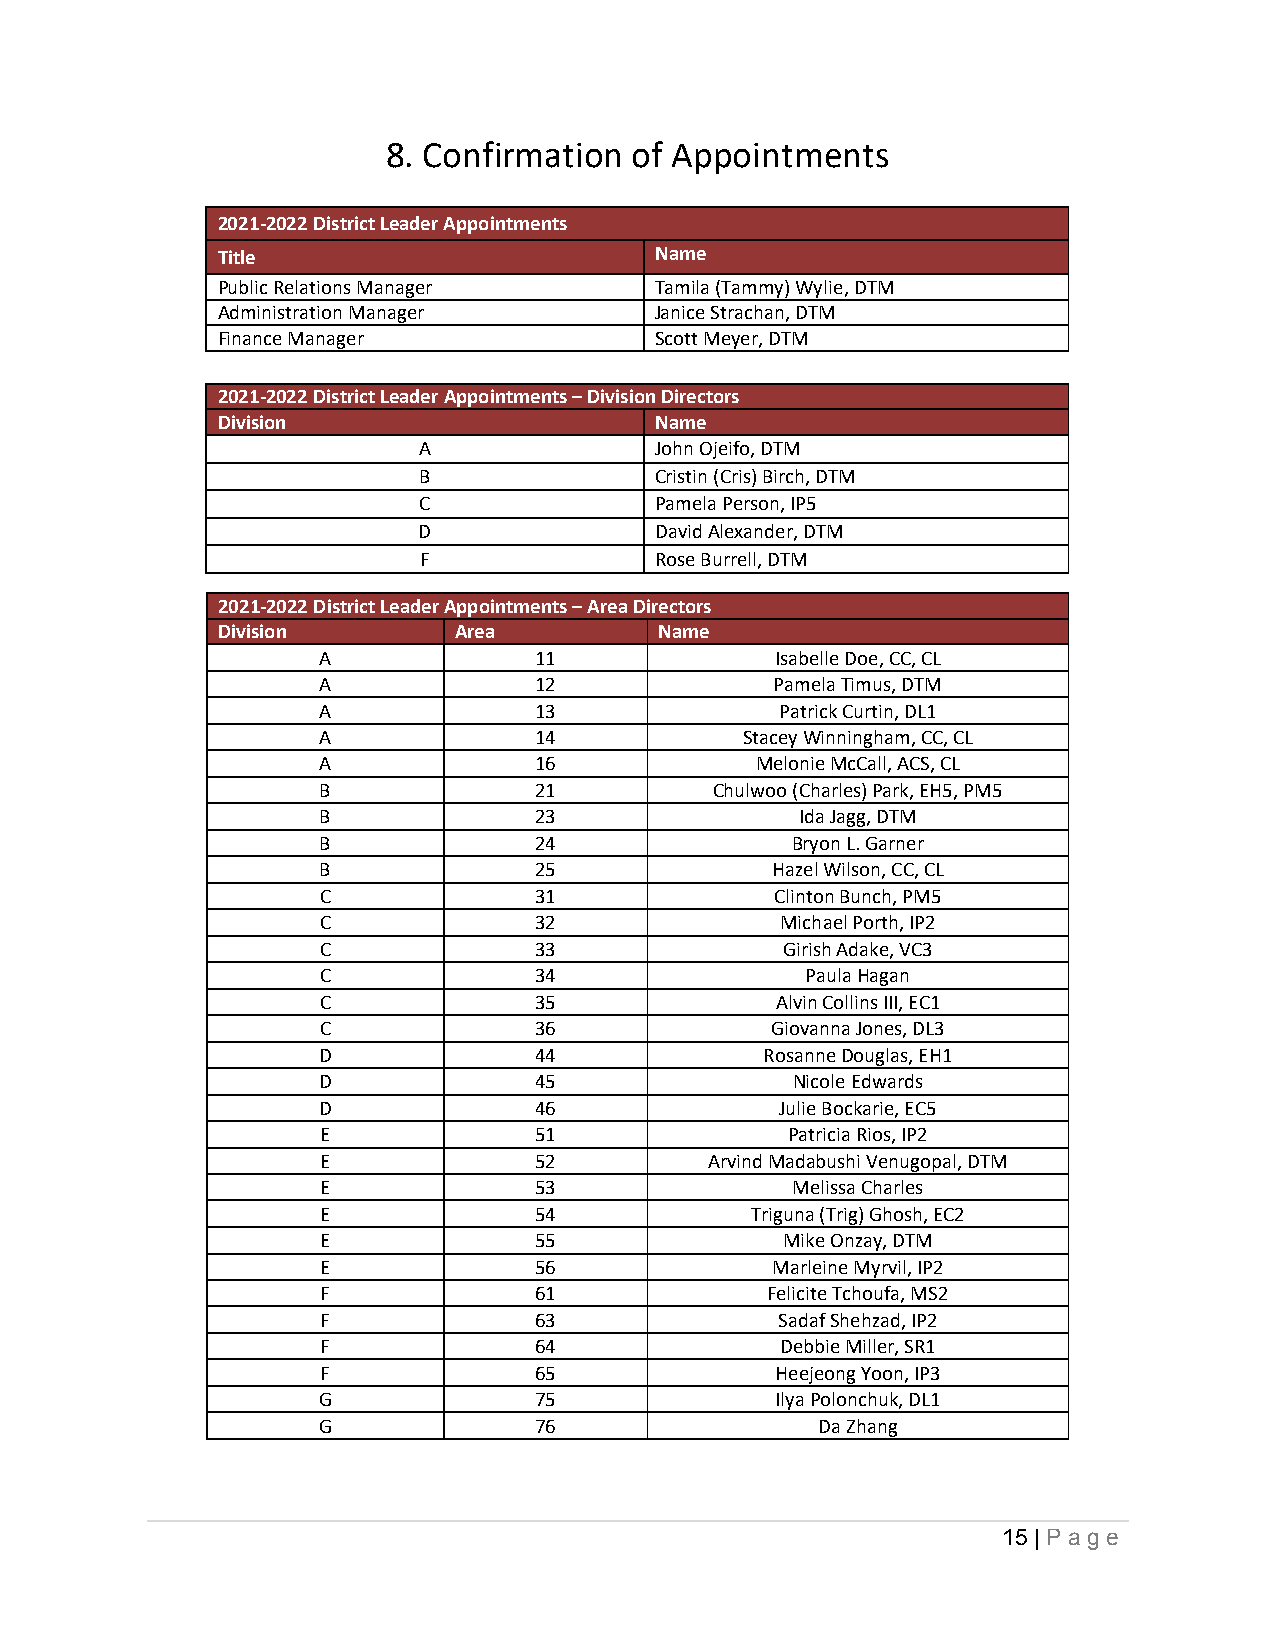
8. Confirmation of Appointments
 2021-2022 District Leader Appointments
 Title                        Name
 Public Relations Manager     Tamila (Tammy) Wylie, DTM
 Administration Manager       Janice Strachan, DTM
 Finance Manager              Scott Meyer, DTM
 2021-2022 District Leader Appointments – Division Directors
 Division                     Name
 A              John Ojeifo, DTM
 B              Cristin (Cris) Birch, DTM
 C              Pamela Person, IP5
 D              David Alexander, DTM
 F              Rose Burrell, DTM
 2021-2022 District Leader Appointments – Area Directors
 Division        Area          Name
 A             11              Isabelle Doe, CC, CL
 A             12              Pamela Timus, DTM
 A             13               Patrick Curtin, DL1
 A             14            Stacey Winningham, CC, CL
 A             16             Melonie McCall, ACS, CL
 B             21          Chulwoo (Charles) Park, EH5, PM5
 B             23                Ida Jagg, DTM
 B             24               Bryon L. Garner
 B             25              Hazel Wilson, CC, CL
 C             31              Clinton Bunch, PM5
 C             32               Michael Porth, IP2
 C             33               Girish Adake, VC3
 C             34                Paula Hagan
 C             35              Alvin Collins III, EC1
 C             36              Giovanna Jones, DL3
 D             44              Rosanne Douglas, EH1
 D             45               Nicole Edwards
 D             46               Julie Bockarie, EC5
 E             51               Patricia Rios, IP2
 E             52          Arvind Madabushi Venugopal, DTM
 E             53               Melissa Charles
 E             54             Triguna (Trig) Ghosh, EC2
 E             55               Mike Onzay, DTM
 E             56              Marleine Myrvil, IP2
 F             61              Felicite Tchoufa, MS2
 F             63               Sadaf Shehzad, IP2
 F             64               Debbie Miller, SR1
 F             65              Heejeong Yoon, IP3
 G             75              Ilya Polonchuk, DL1
 G             76                 Da Zhang
 15 | Pa g e